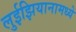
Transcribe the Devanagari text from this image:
लुईझियानामध्ये